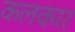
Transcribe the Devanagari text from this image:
कलकार